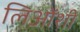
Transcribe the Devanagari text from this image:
लिओंशी